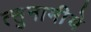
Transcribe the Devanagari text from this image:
त्सुनामीचे